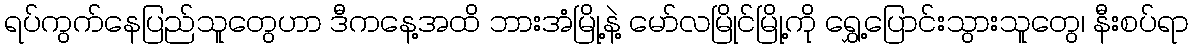
ရပ်ကွက်နေပြည်သူတွေဟာ ဒီကနေ့အထိ ဘားအံမြို့နဲ့ မော်လမြိုင်မြို့ကို ရွှေ့ပြောင်းသွားသူတွေ၊ နီးစပ်ရာ